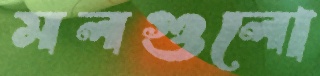
মলগুলো